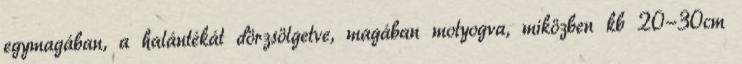
egymagában, a halántékát dörzsölgetve, magában motyogva, miközben kb 20-30cm